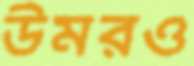
উমরও